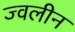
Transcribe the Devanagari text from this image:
ज्वलीन